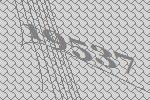
19537